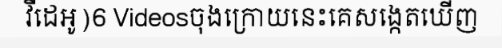
វីដេអូ)6 Videosចុងក្រោយនេះគេសង្កេតឃើញ